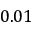
0 . 0 1